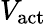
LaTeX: V_{\mathrm{act}}